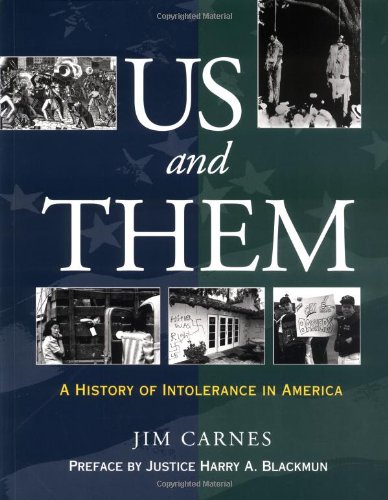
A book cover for Us and Them?: A History of Intolerance in America; Jim Carnes; Teen & Young Adult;